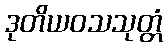
ဒုတိယဝသသုတ္တံ